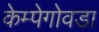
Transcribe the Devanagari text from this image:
केम्पेगोवडा